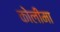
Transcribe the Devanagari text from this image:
कोलीमा